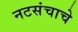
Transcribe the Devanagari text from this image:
नटसंचाचे